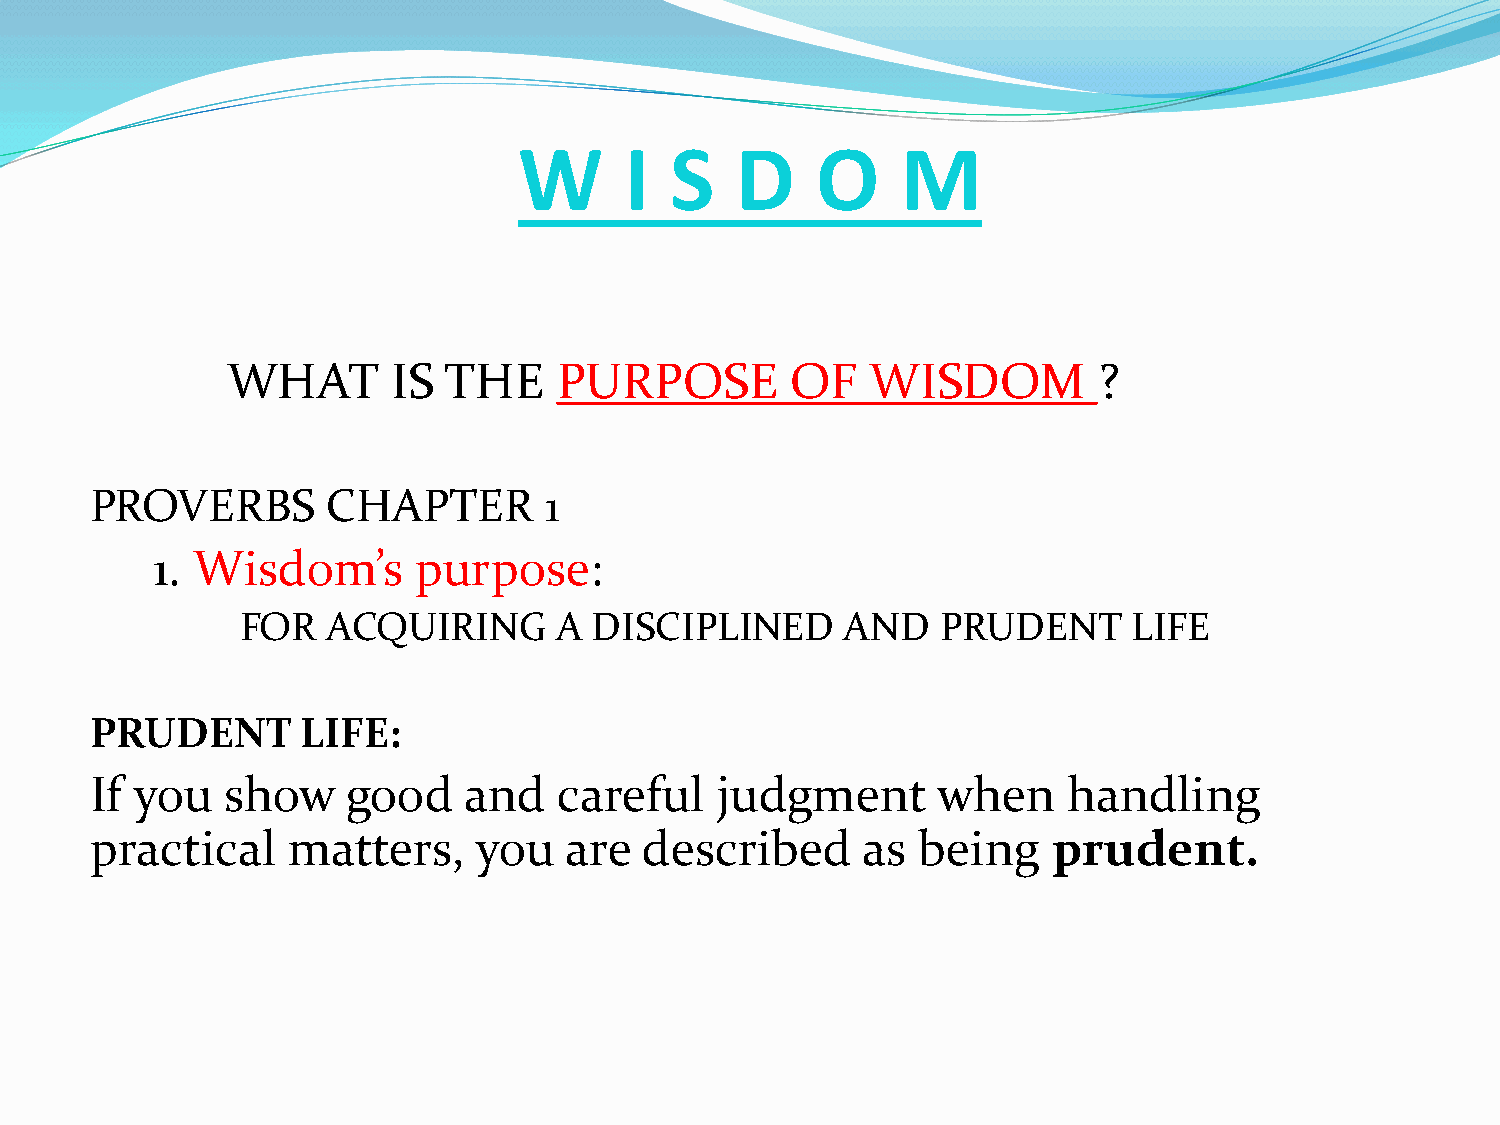
W      I  S    D    O     M
 WHAT       IS THE     PURPOSE        OF    WISDOM         ?
 PROVERBS        CHAPTER       1
 1. Wisdom’s      purpose:
 FOR   ACQUIRING      A DISCIPLINED      AND   PRUDENT      LIFE
 PRUDENT       LIFE:
 If you   show    good    and   careful   judgment       when     handling
 practical    matters,     you  are   described     as  being    prudent.